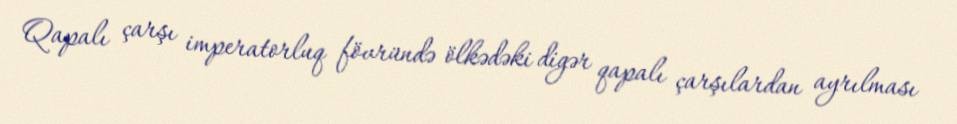
Qapalı çarşı imperatorluq fövründə ölkədəki digər qapalı çarşılardan ayrılması